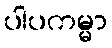
ပါပကမ္မာ